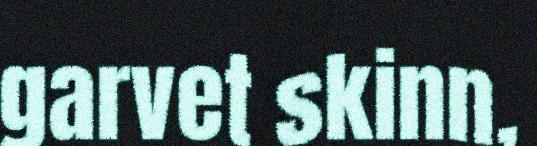
garvet skinn,